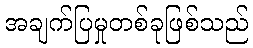
အချက်ပြမှုတစ်ခုဖြစ်သည်